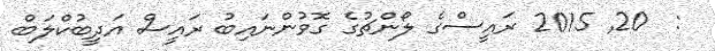
:  20